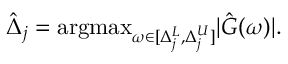
\hat { \Delta } _ { j } = \mathrm { a r g m a x } _ { \omega \in [ \Delta _ { j } ^ { L } , \Delta _ { j } ^ { U } ] } | \hat { G } ( \omega ) | .